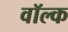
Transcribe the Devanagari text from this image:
वॉल्क